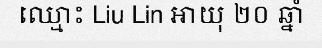
ឈ្មោះ Liu Lin អាយុ ២០ ឆ្នាំ